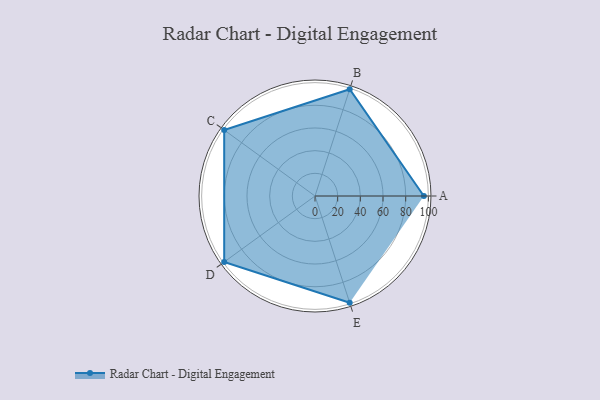
{"axis": {"x": "Skill", "y": "Score"}, "legend": ["Profile"], "data": [{"x": "A", "y": 96.0, "type": "Profile"}, {"x": "B", "y": 99, "type": "Profile"}, {"x": "C", "y": 99, "type": "Profile"}, {"x": "D", "y": 99, "type": "Profile"}, {"x": "E", "y": 99, "type": "Profile"}]}